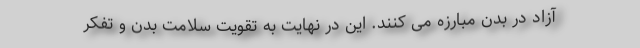
آزاد در بدن مبارزه می کنند. این در نهایت به تقویت سلامت بدن و تفکر